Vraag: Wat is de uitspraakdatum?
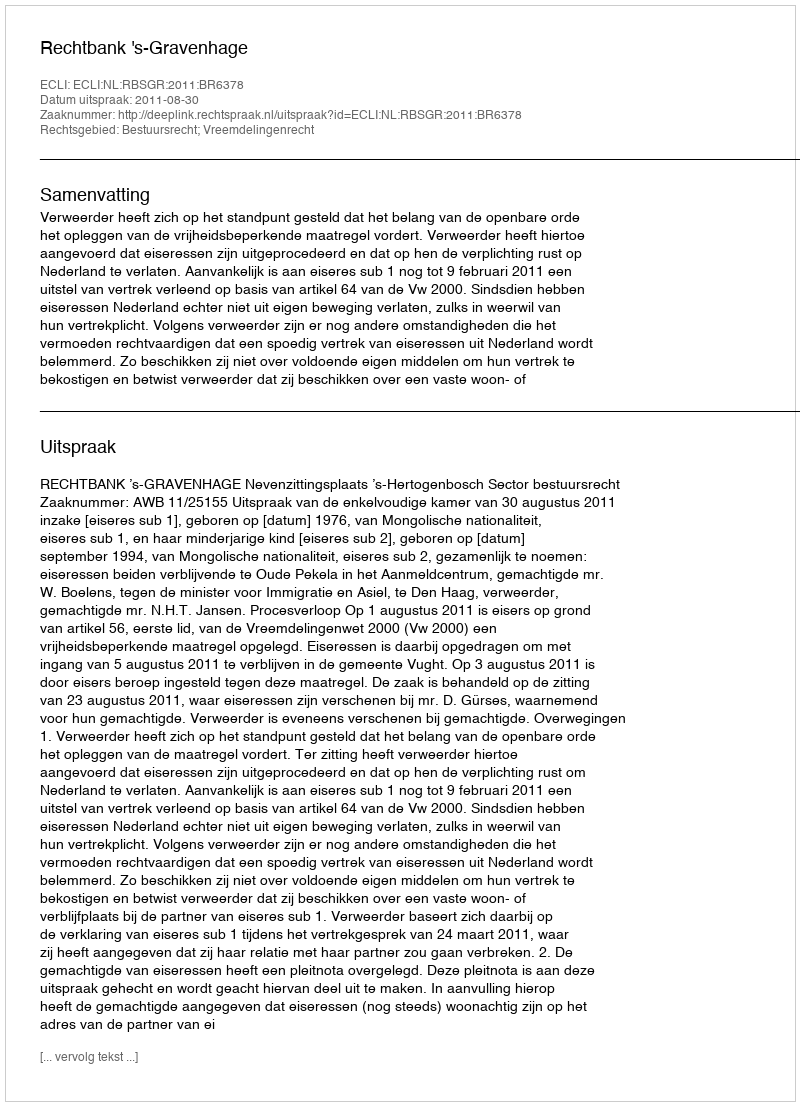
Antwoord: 2011-08-30